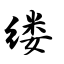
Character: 缕